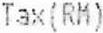
TAX(RM)